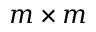
m \times m